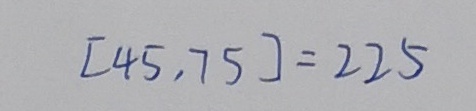
[ 4 5 , 7 5 ] = 2 2 5